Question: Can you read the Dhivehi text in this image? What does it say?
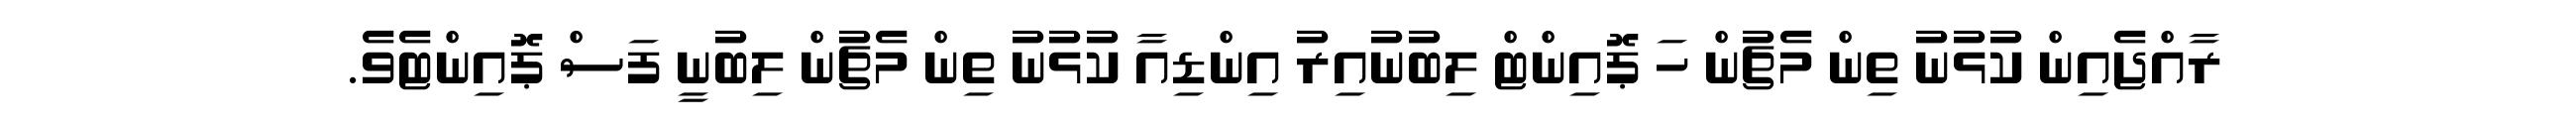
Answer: ރާއްޖެއިން ކުޅުނު ތިން މެޗުން ހަ ޕޮއިންޓް ލިބުނުއިރު އިންޑިއާ ކުޅުނު ތިން މެޗުން ލިބުނީ ފަސް ޕޮއިންޓެވެ.